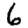
Digit: 6